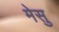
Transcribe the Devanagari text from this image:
मेसु